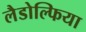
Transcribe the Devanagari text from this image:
लैडोल्फिया